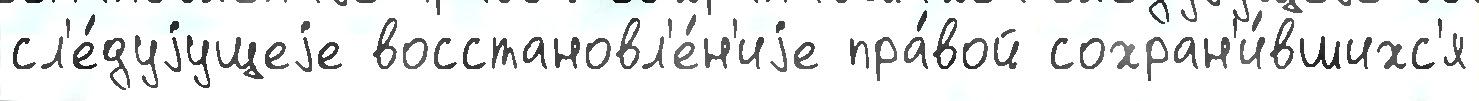
сл'е́дуjущеjе восстановл'е́н'иjе пра́вой сохран'и́вшихс'я